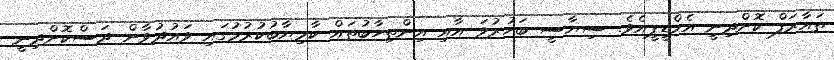
ތައާރަފް ކޮށްދިނީ އެމްޑީޕީއެވެ. ސިޔާސީ ބަހުރުވަ އާއި އިންތިހާބުތައް ކާމިޔާބުކުރުމުގައި ވައުދުވާން ދަސްކޮށްދިނީ